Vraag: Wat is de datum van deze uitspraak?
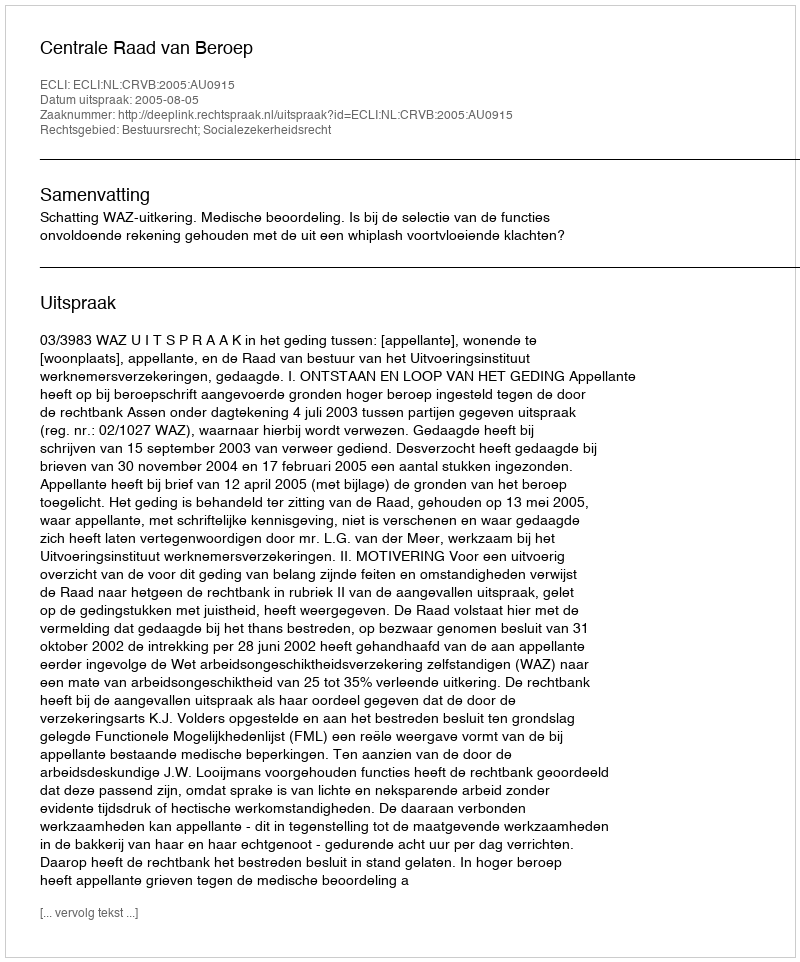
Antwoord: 2005-08-05